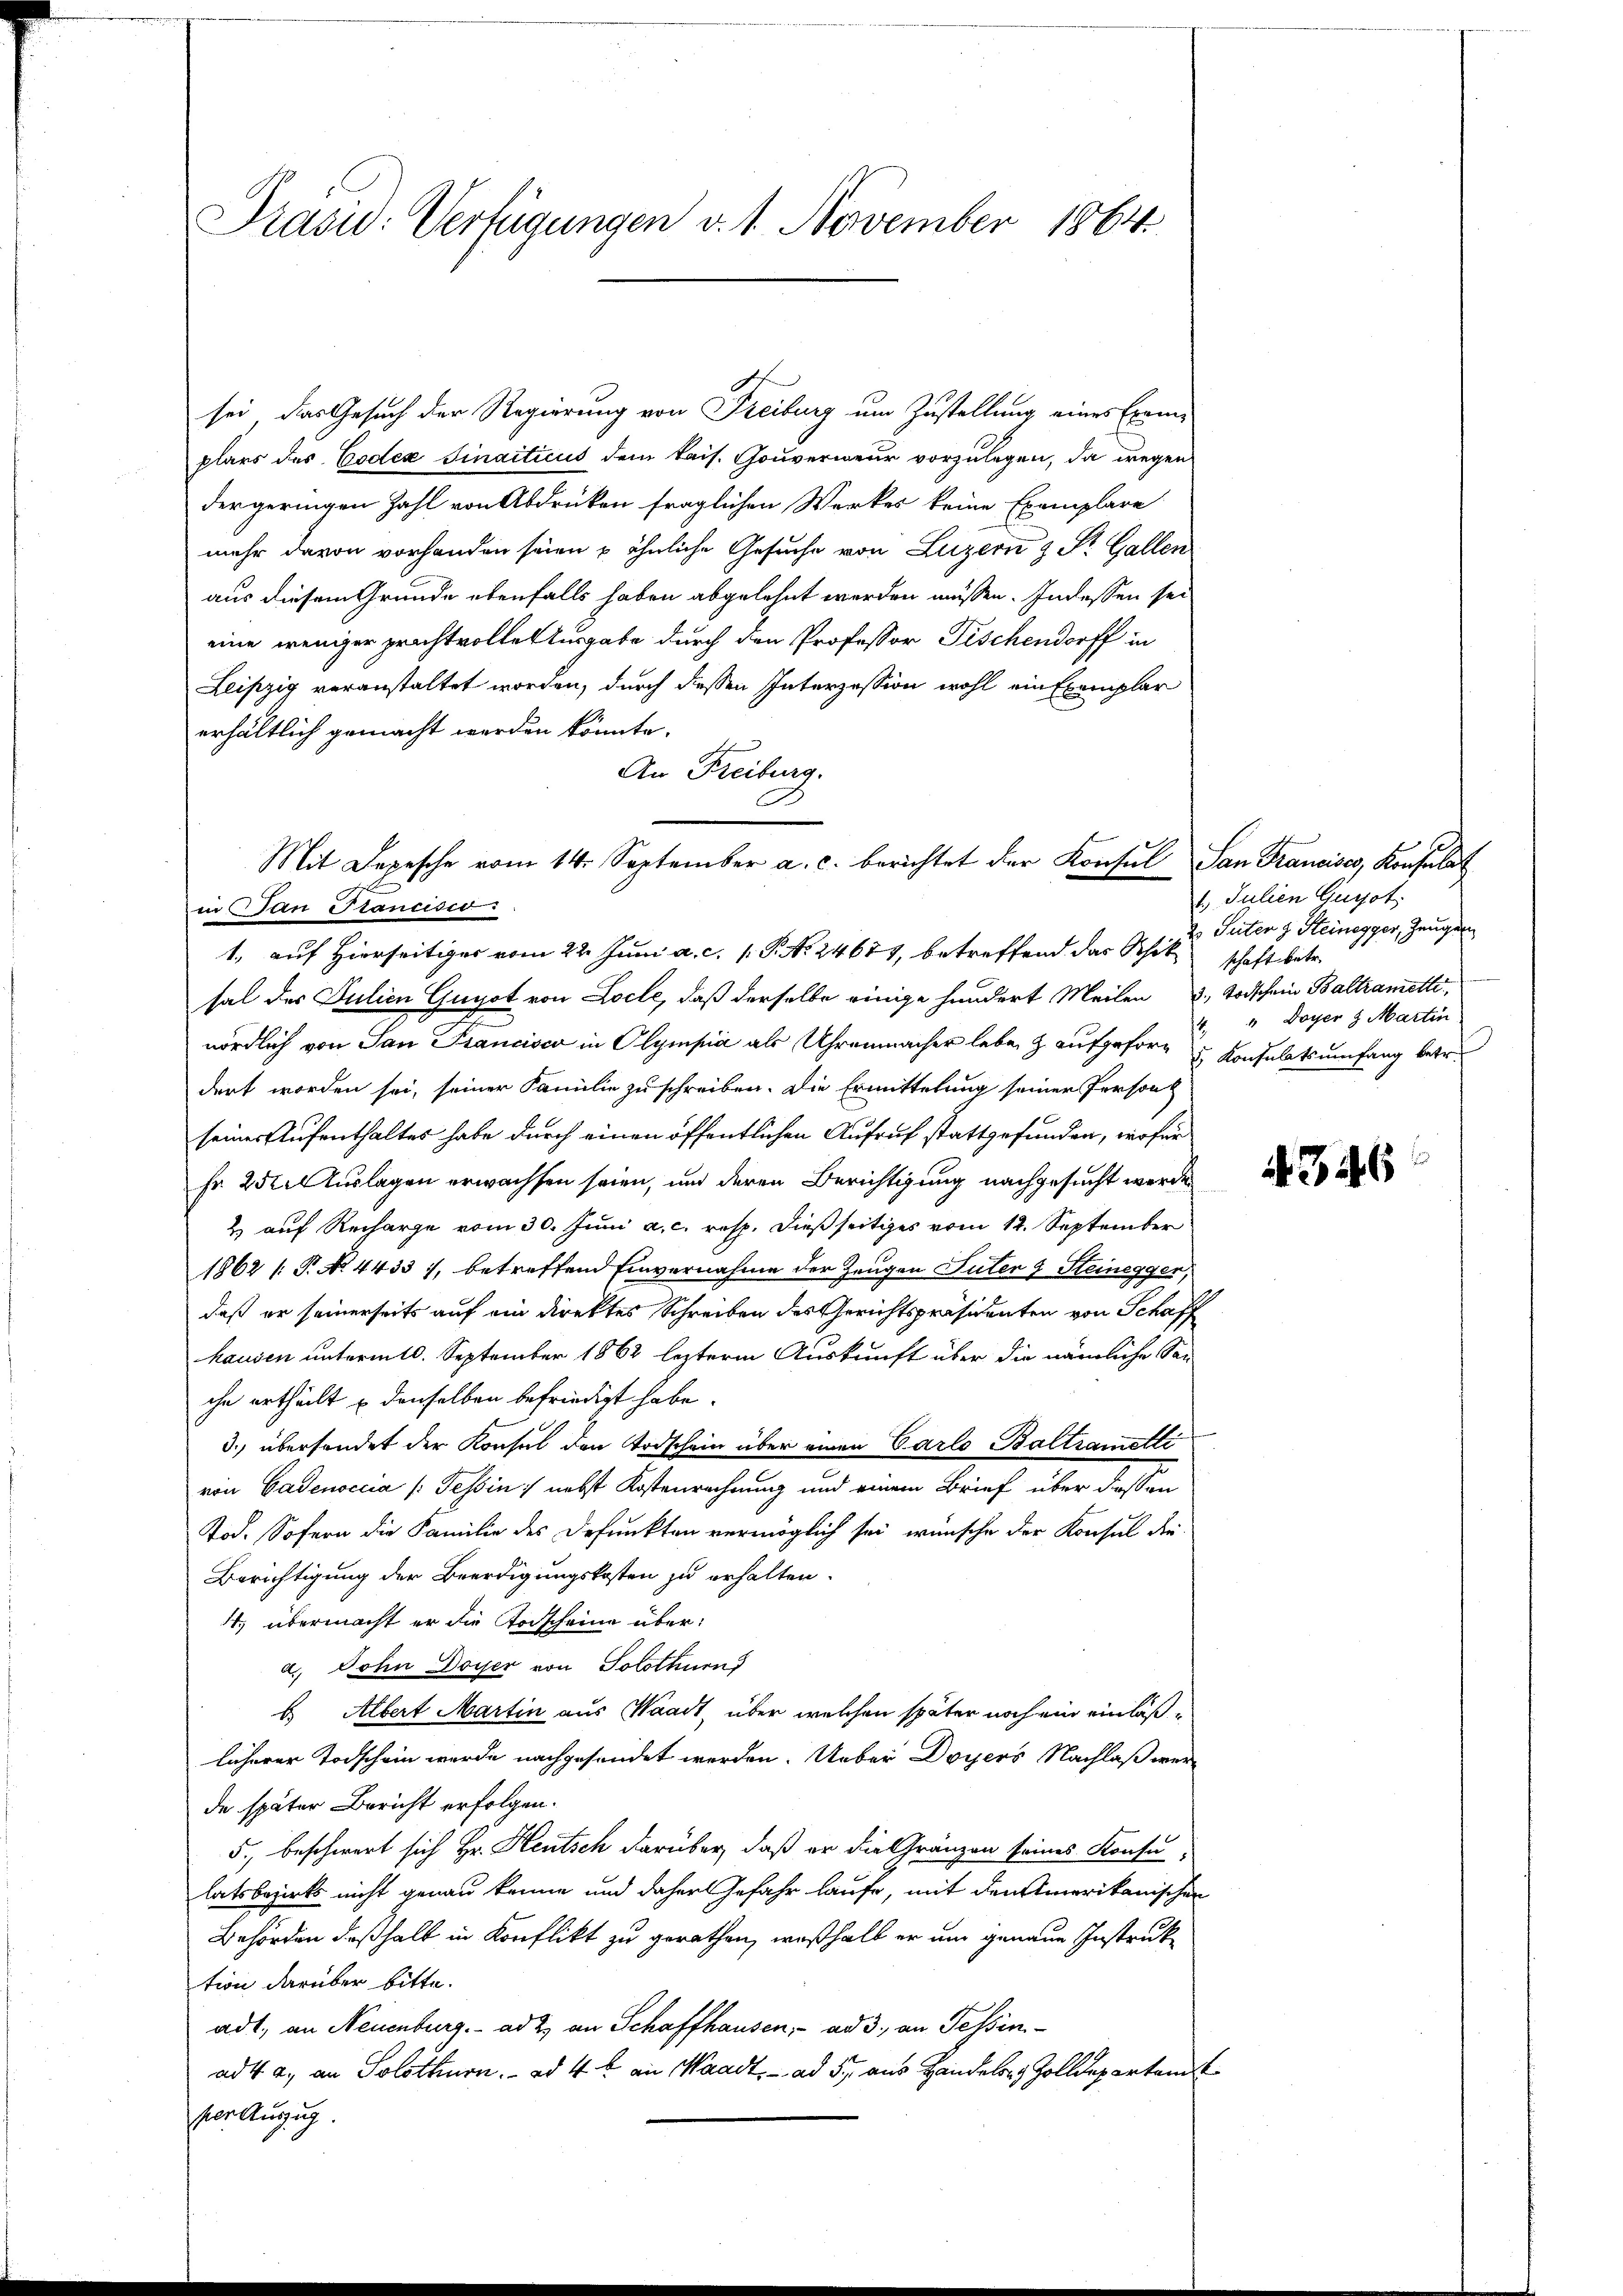
Präsid: Verfügungen v. 1. November 1864.

sei, das Gesuch der Regierung von Freiburg um Zustellung eines Exem-
plars des Codex Sinaiticus dem kais. Gouverneur vorzulegen, da wegen
dergeringen Zahl von Abdruken fraglichen Werkes keine Exemplare
mehr davon vorhanden seien u ähnliche Gesuche von Luzern & Pr. Gallen
aus diesem Grunde ebenfalls haben abgelehnt werden müssen. In dessen sei
eine weniger prachtvolle Ausgabe durch den Professor Fischendorff in
Leipzig veranstaltet worden, durch dessen Interzession wohl ein Exemplar
erhältlich gemacht werden könnte.
An Freiburg.
in an Stancisio:
1., auf Hierseitiges vom 22. Juni a. c. 1. P. No. 24674, betreffend das Schik schaft betr.
sal des Julien Gugot von Loche, daß derselbe einige hundert Meilen 3. Todschein Baltramette
nördlich von San Francisco in Olympia als Uhrenmacher leben & aufgeforg u Konsulatsumfang betr.
dert worden sei, seiner Familie zu schreiben. Die Ermittelung seiner Person
seiner Aufenthaltes habe durch einen öffentlichen Aufruf stattgefunden, wofür
Fr. 252. Auslagen erwachsen seien, und deren Berichtigung nachgesucht werde
2 auf Recharge vom 30. Juni a. c. resp. dießseitiges vom 12. September
1862 /: P. No. 4433), betreffend Einvernahme der Zeugen Luten 9 Steinegger,
daß er seinerseits auf ein direktes Schreiben des Gerichtspräsidenten von Schaff
hausen unterm 10. September 1862 lezterm Auskunft über die nämliche San
che ertheilt u denselben befriedigt habe.
3. übersendet der Konsul den Todschein über einen Carlo Baltrametti
von Gadenoccia (Tessin nebst Kostenrechnung und einem Brief über dessen
Tod. Sofern die Familie des Defunkten vermöglich sei wünsche der Konsul die
Berichtigung der Beerdigungskosten zu erhalten.
. übermacht er die Todscheine übera. Sohn Doyer von Solothurn
b Albert Martin aus Waadt, über welchen später noch ein einläßlicherer Todschein werde nachgesendet werden. Ueber Doyers Nachlaß werde später Bericht erfolgen.
5., beschwert sich Hr. Heutsch darüber, daß er die Gränzen seines Konse
latsbezirks nicht genau kenne und daher Gefahr laufe, mit den Amerikanischen
Behörden deßhalb in Konflikt zu gerathen, weßhalb er um genaue Instruktion darüber bitte.
adt, an Neuenburg. ad 2. an Schaffhausen, ad 3., an Tessinad 4. a., an Solothurn. ad 4 t an Waadt, ad 5 aus Handeln, Zolldepartem
ser Auszug.

Mit Depesche vom 14. September a. c. berichtet der Konsul San Franciser, Konsulat

1. Julien Gurot.
 Suten z. Steinegger, Zeugen
" Doyer & Martin
14

46